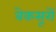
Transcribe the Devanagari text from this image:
बेकसूरों